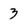
Character: 3